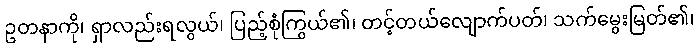
ဥတနာကို၊ ရှာလည်းရလွယ်၊ ပြည့်စုံကြွယ်၏၊ တင့်တယ်လျောက်ပတ်၊ သက်မွေးမြတ်၏၊